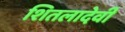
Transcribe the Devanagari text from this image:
शितलादेवी